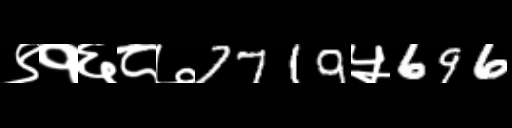
Text: ९१६८७7719५696